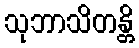
သုဘာသိတန္တိ